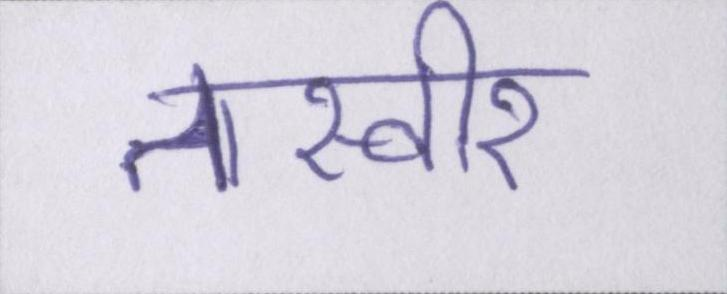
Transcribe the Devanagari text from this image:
तस्वीर